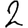
Digit: 2